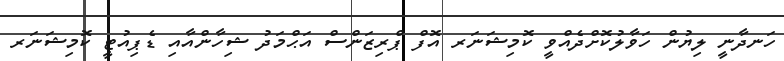
ހަނދާނީ ލިޔުން ހަވާލުކޮށްދެއްވީ ކޮމިޝަނަރ އޮފް ޕްރިޒަންސް އަޙްމަދު ޝިހާންއާއި ޑެޕިއުޓީ ކޮމިޝަނަރ